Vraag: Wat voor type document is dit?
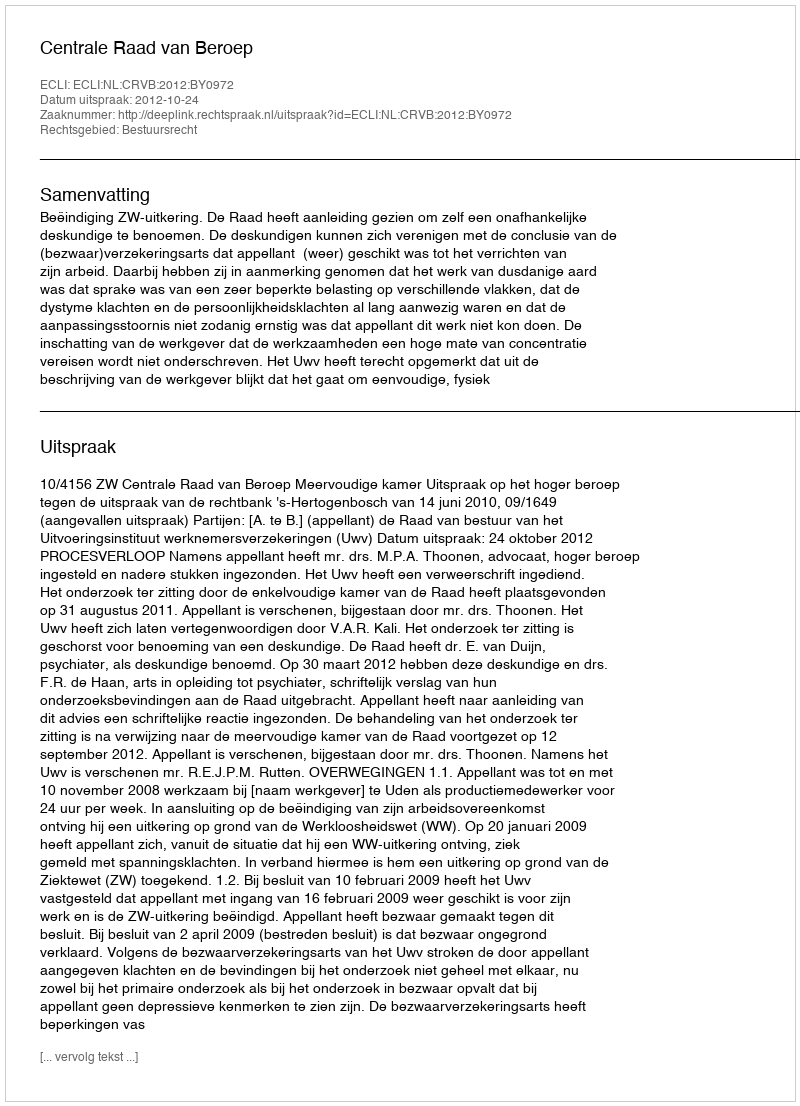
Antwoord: Uitspraak